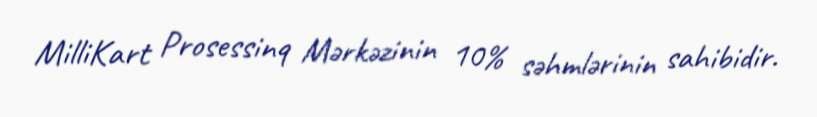
MilliKart Prosessinq Mərkəzinin 10% səhmlərinin sahibidir.